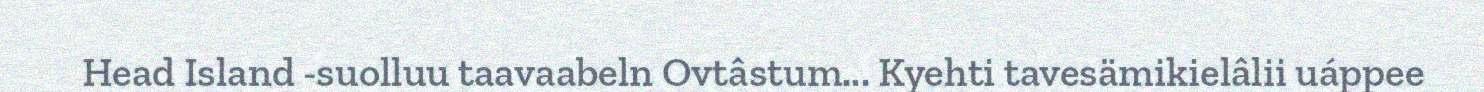
Head Island -suolluu taavaabeln Ovtâstum... Kyehti tavesämikielâlii uáppee